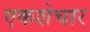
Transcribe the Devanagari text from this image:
एकशेचार